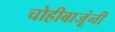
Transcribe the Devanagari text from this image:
चोहीबाजूंनी